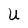
Character: U